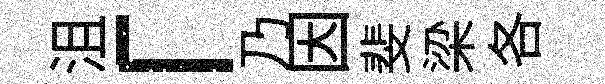
沮「乃因斐梁各